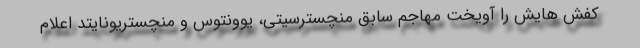
کفش هایش را آویخت مهاجم سابق منچسترسیتی، یوونتوس و منچستریونایتد اعلام